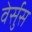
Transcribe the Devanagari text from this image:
वेर्सुस